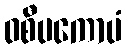
ဝစီပကောပံ